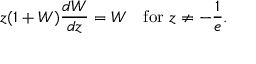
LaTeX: z ( 1 + W ) { \frac { d W } { d z } } = W \quad { \mathrm { f o r ~ } } z \neq - { \frac { 1 } { e } } .